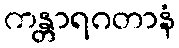
ကန္တာရဂတာနံ